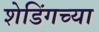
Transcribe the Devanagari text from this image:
शेडिंगच्या